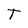
Character: T